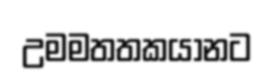
උමමතතකයානට